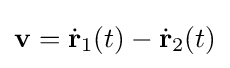
{\textstyle \mathbf {v} ={\dot {\mathbf {r} }}_{1}(t)-{\dot {\mathbf {r} }}_{2}(t)}